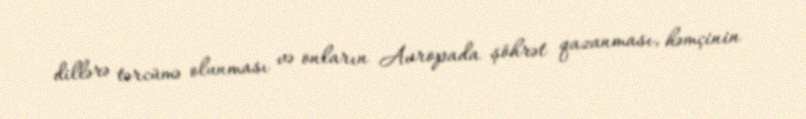
dillərə tərcümə olunması və onların Avropada şöhrət qazanması, həmçinin